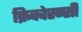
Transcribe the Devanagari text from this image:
फ्रिक्वेस्न्सी